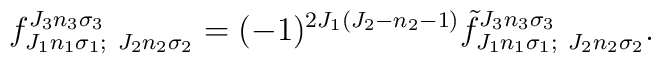
f^{J_3 n_3 \sigma _3}_{J_1 n_1 \sigma _1;~J_2 n_2 \sigma _2}=(-1)^{2J_1(J_2-n_2-1)}{\tilde f}^{J_3 n_3 \sigma _3}_{J_1 n_1 \sigma _1;~J_2 n_2 \sigma _2}.